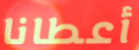
أعطانا